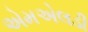
એમએલડી